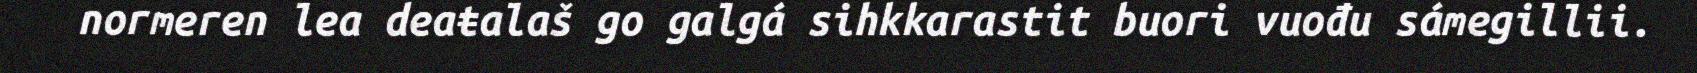
normeren lea deaŧalaš go galgá sihkkarastit buori vuođu sámegillii.